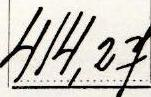
414,27